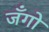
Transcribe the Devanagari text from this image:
जँगो